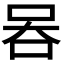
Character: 𠱑